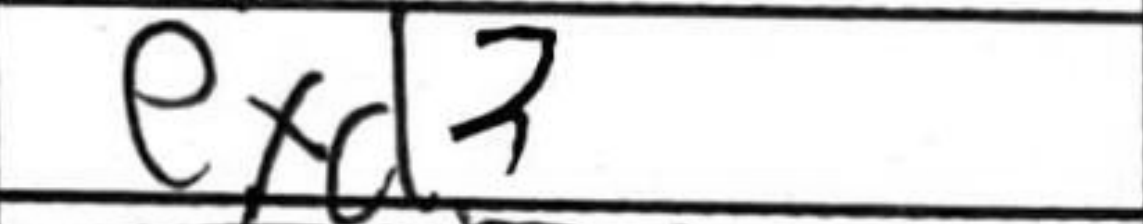
Transcription: exd3